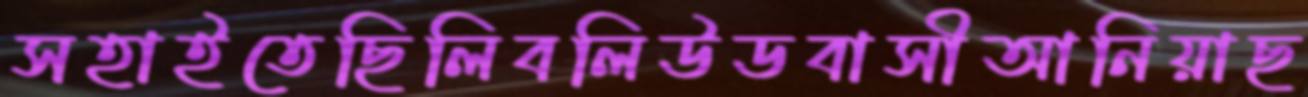
সহাইতেছিলিবলিউডবাসীআনিয়াছ